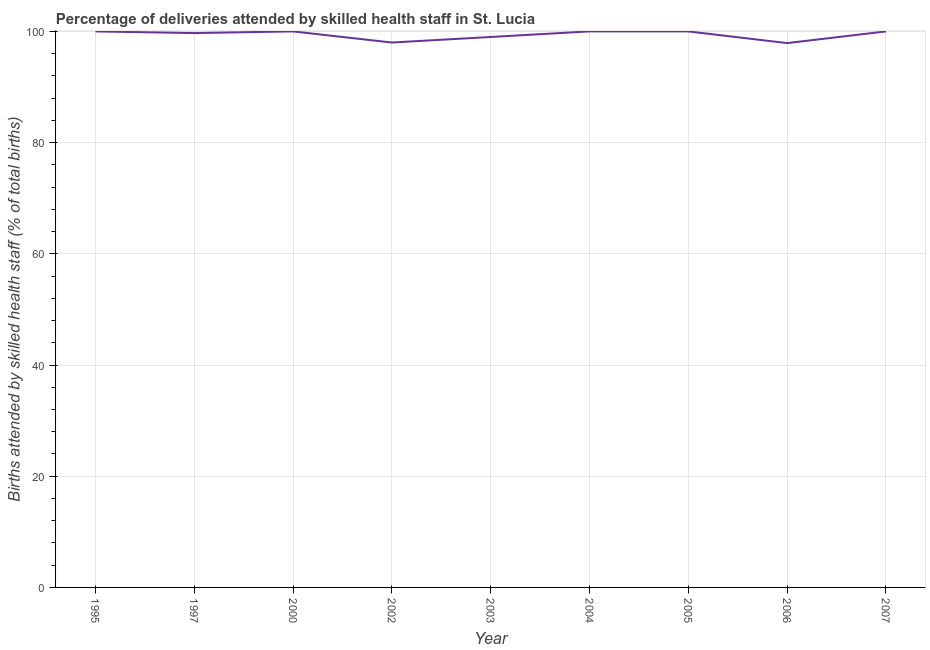
| Year | Births attended by skilled health staff |
 | --- | --- |
 | 1995 | 100 |
 | 1997 | 99.7 |
 | 2000 | 100 |
 | 2002 | 98 |
 | 2003 | 99 |
 | 2004 | 100 |
 | 2005 | 100 |
 | 2006 | 97.9 |
 | 2007 | 100 |